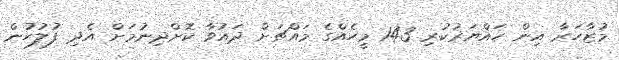
މުޒާހަރާ އިން ހައްޔަރުކުރި 143 މީހެއްގެ މައްޗަށް ދައުވާ ކޮށްދިނުމަށް އެދި ފުލުހުން